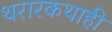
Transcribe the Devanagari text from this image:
थरारकथाही